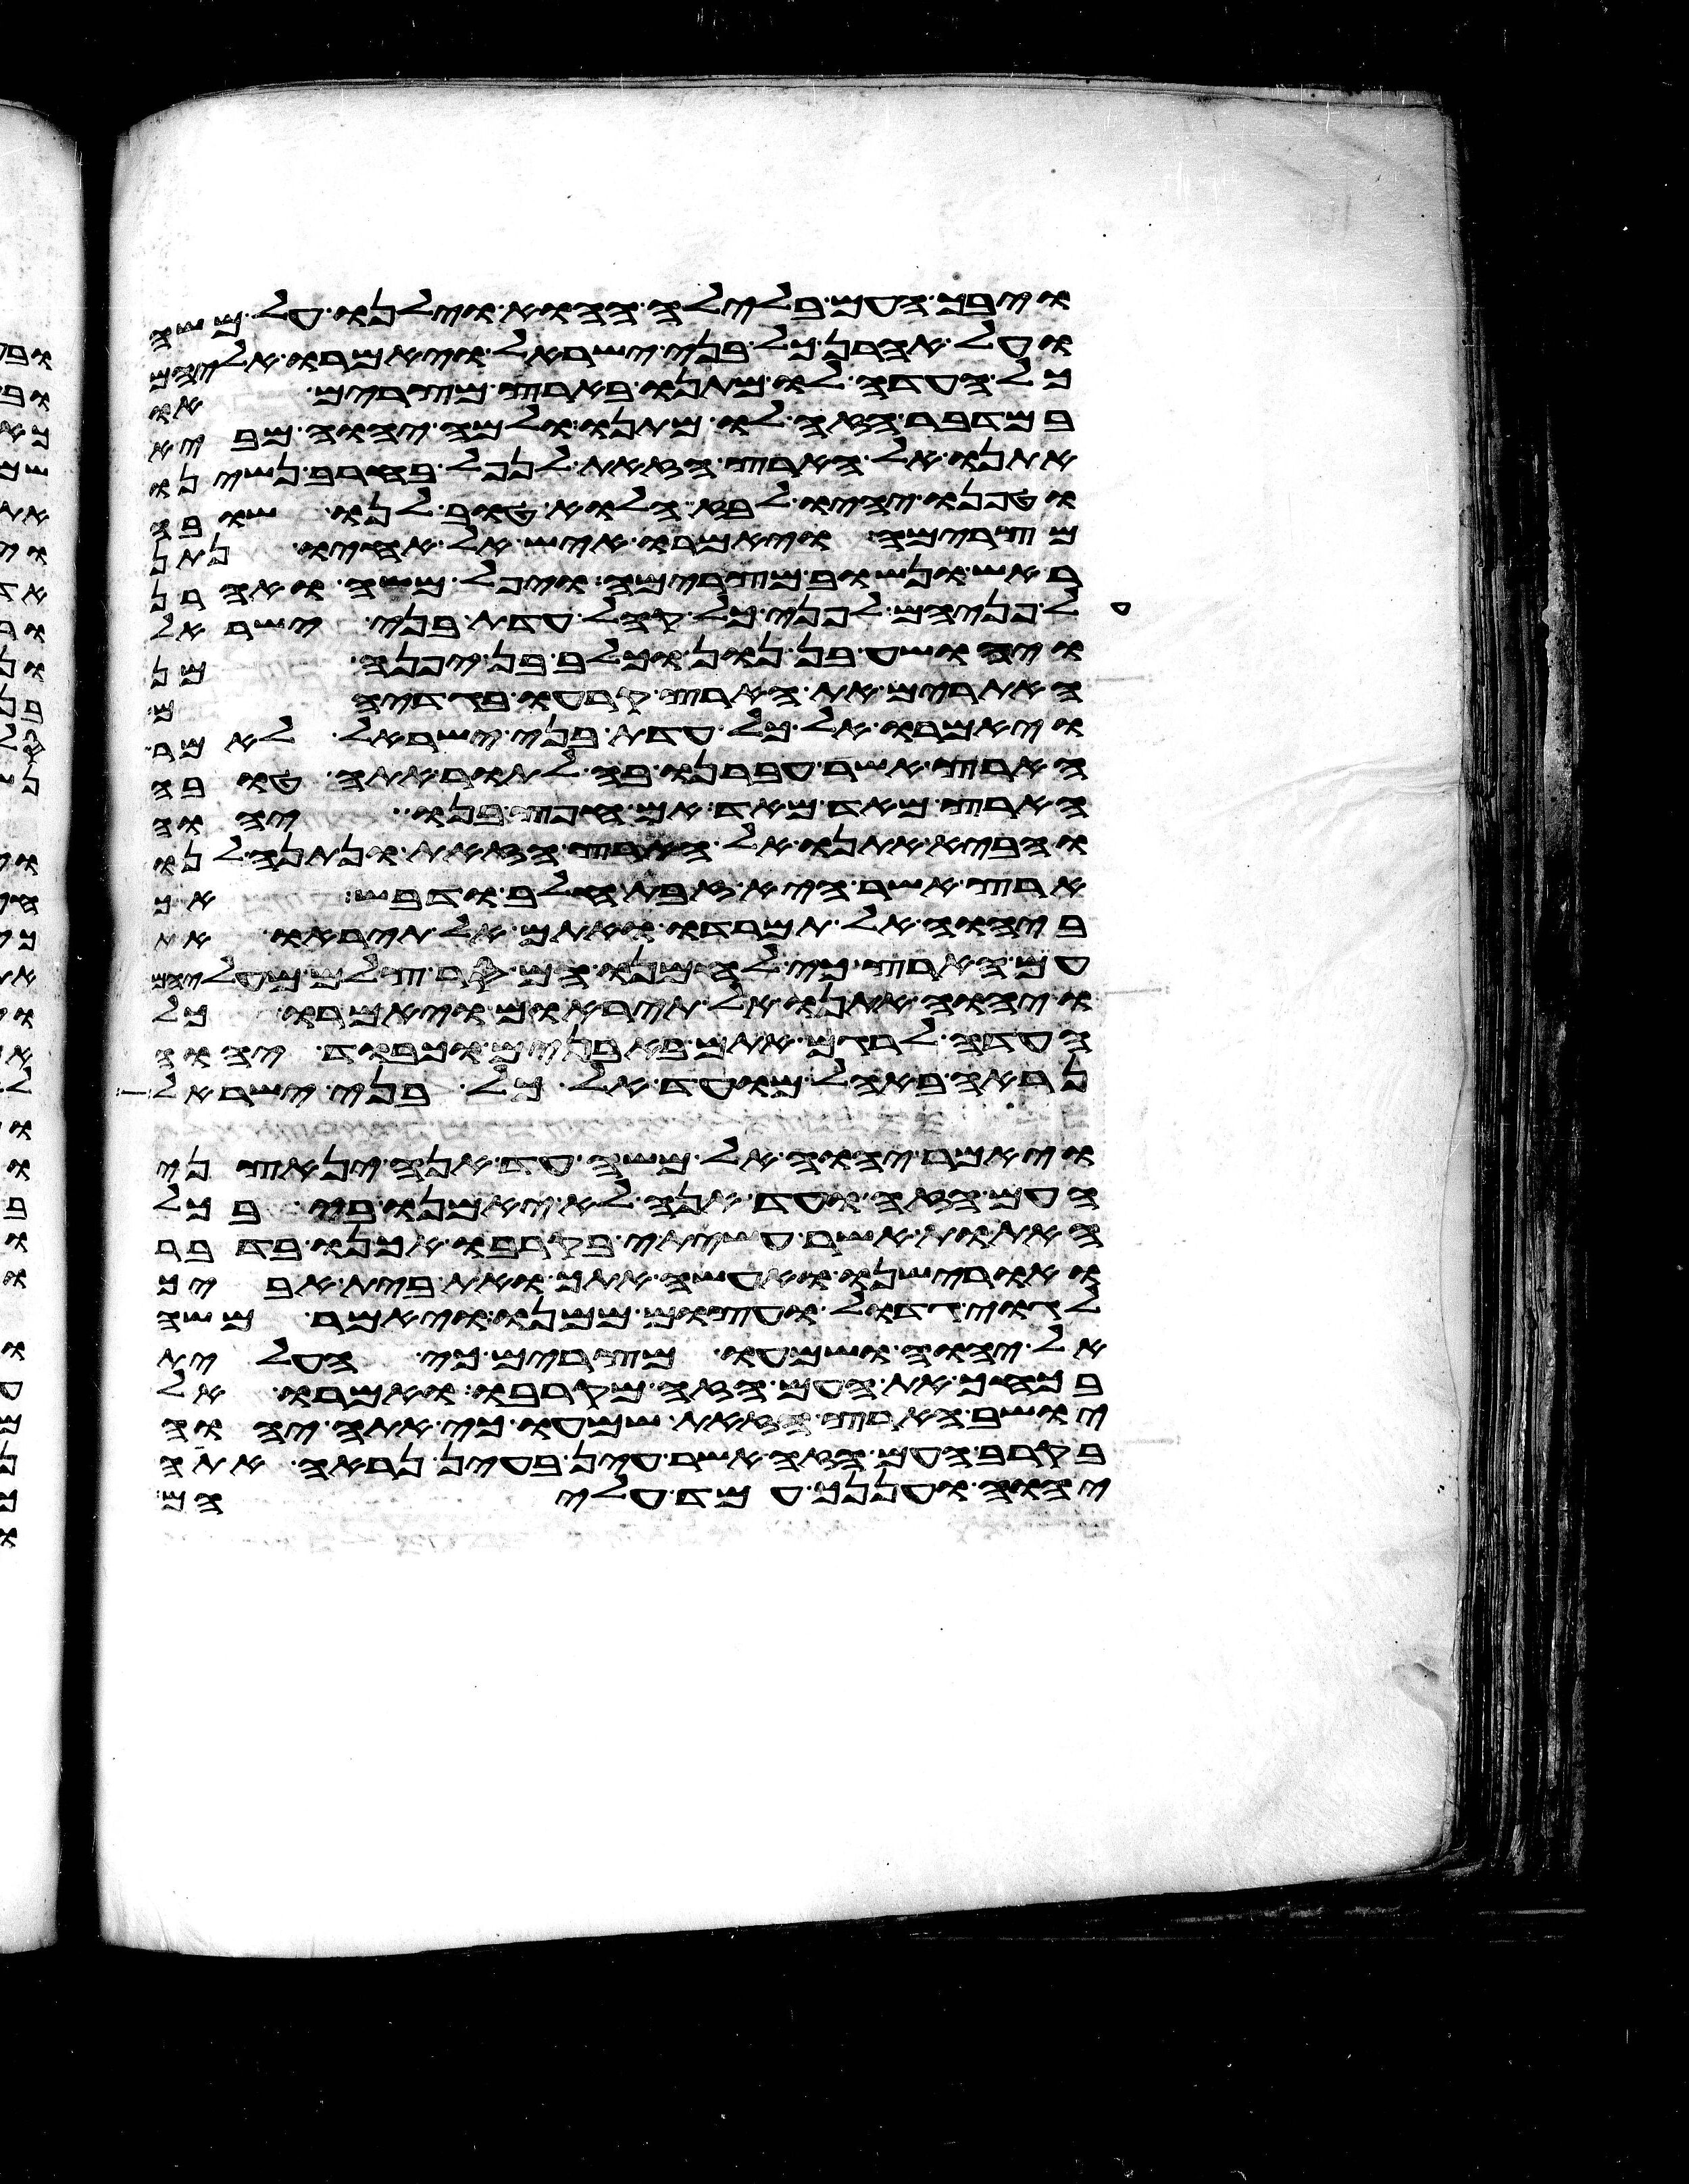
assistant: ויבך העם בלילה ההוא וילנו על משה
ועל אהרן כל בני ישראל ויאמרו אליהם
כל העדה לו מתנו בארץ מצרים או
במדבר הזה לו מתנו ולמה יהוה מביא
אתנו אל הארץ הזאת לנפל בחרב נשינו
וטפנו יהיו לבוז הלוא טוב לנו שובה
מצרימה ויאמרו איש אל אחיו נתן
ראש ונשוב מצרימה ויפל משה ואהרן
על פניהם לפני כל קהל עדת בני ישראל
ויהושע בן נון וכלב בן יפנה מן
האתורים את הארץ קרעו בגדיהם
ויאמרו אל כל עדת בני ישראל לאמר
הארץ אשר עברנו בה לתור אתה טובה
הארץ מאד מאד אם חפץ בנו יהוה
והביא אתנו אל הארץ הזאת ונתנה לנו
ארץ אשר היא זבת חלב ודבש אך
ביהוה אל תמרדו ואתם אל תיראו את
עם הארץ כי לחמנו הם סר צלם מעליהם
ויהוה אתנו אל תיראום ויאמרו כל
העדה לרגם אתם באבנים וכבוד יהוה
נראה באהל מועד אל כל בני ישראל
ויאמר יהוה אל משה עד אנה ינאצני
העם הזה ועד הנה לא יאמנו בי בכל
האתות אשר עשיתי בקרבו אכנו בדבר
ואורישנו ואעשה אתך ואת בית אביך
לגוי גדול ועצום ממנו ויאמר משה
אל יהוה ושמעו מצרים כי העלית
בכחך את העם הזה מקרבו ואמרו אל
יושב הארץ הזאת שמעו כי אתה יהוה
בקרב העם הזה אשר עין בעין נראה אתה
יהוה ועננך עמד עליהם